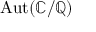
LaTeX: \operatorname { A u t } ( \mathbb { C } / \mathbb { Q } )